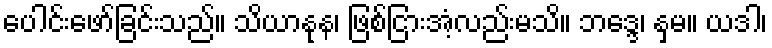
ပေါင်းဖော်ခြင်းသည်။ သိယာနုန၊ ဖြစ်ငြားအံ့လည်းမသိ။ ဘဒ္ဒေ၊ နှမ။ ယဒါ၊